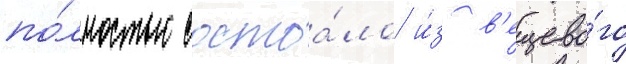
по́лностью состоа́ло и́з в'ещево́го